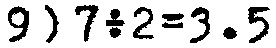
9) 7÷2=3.5